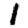
Digit: 1